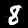
Label: 8